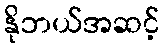
နိုဘယ်အဆင့်